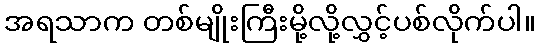
အရသာက တစ်မျိုးကြီးမို့လို့လွှင့်ပစ်လိုက်ပါ။